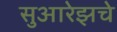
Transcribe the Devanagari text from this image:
सुआरेझचे